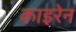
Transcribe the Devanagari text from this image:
काइरेन